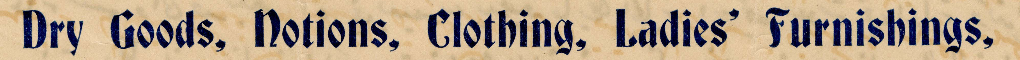
Dry Goods, Notions, Clothing, Ladies' Furnishings,